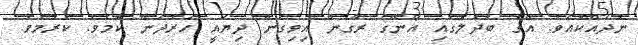
ނުދައްކައެވެ. އޭގެ ބަދަލުގައި އޭނާގެ ރާގުން އިވިގެން ދިޔައީ ހަރުދަނާ ކަމެވެ. ކެރުމެވެ.